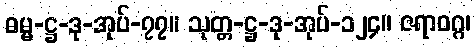
ဓမ္မ-ဋ္ဌ-ဒု-အုပ်-၇၇။ သုတ္တ-ဋ္ဌ-ဒု-အုပ်-၁၂၄။ ဇရာဝဂ္ဂ၊